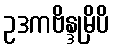
ဥဒကဗိန္ဒုမှိပိ